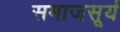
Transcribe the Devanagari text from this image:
समाजसूर्य